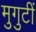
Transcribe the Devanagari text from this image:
मुगुटीं